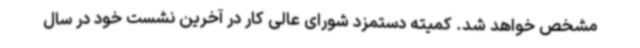
مشخص خواهد شد. کمیته دستمزد شورای عالی کار در آخرین نشست خود در سال